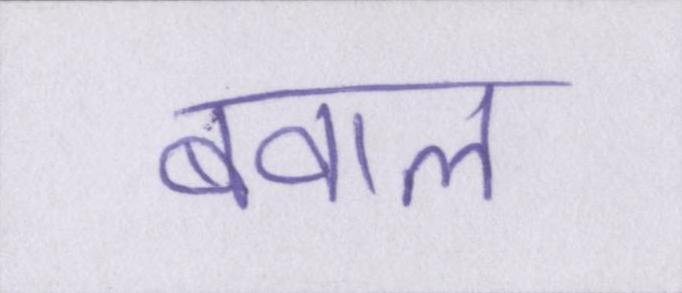
बवाल